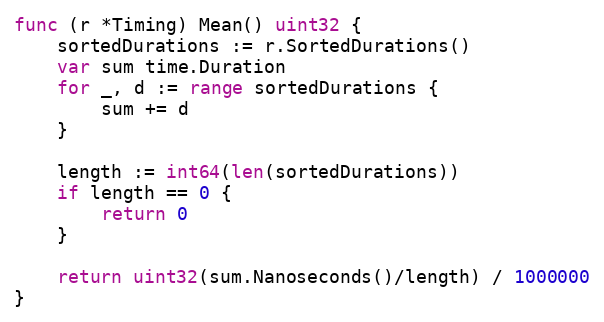
Language: Go
func (r *Timing) Mean() uint32 {
	sortedDurations := r.SortedDurations()
	var sum time.Duration
	for _, d := range sortedDurations {
		sum += d
	}

	length := int64(len(sortedDurations))
	if length == 0 {
		return 0
	}

	return uint32(sum.Nanoseconds()/length) / 1000000
}